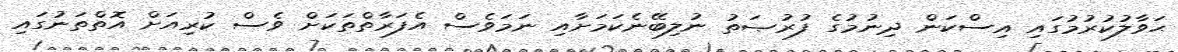
ޙަވާލުކުރުމުގައި އިސްކަން ދިނުމުގެ ފުރުޞަތު ނުލިބޭނެކަމަށާއި ނަމަވެސް އެފަރާތްތަކަށް ވެސް ކުރިއަށް އޮތްތަނުގައި